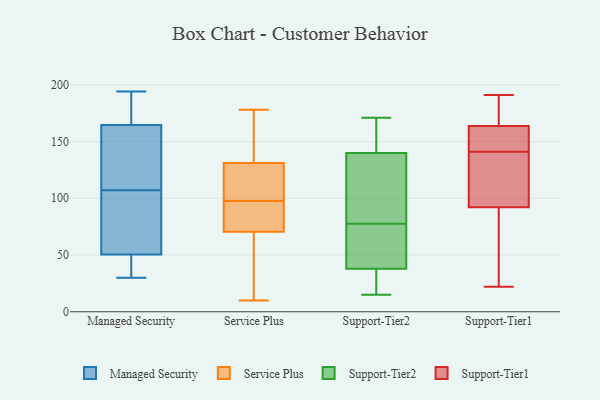
{"axis": {"x": "Tickets Resolved", "y": "Value"}, "legend": ["Managed Security", "Service Plus", "Support-Tier1", "Support-Tier2"], "data": [{"x": "", "y": 107, "type": "Managed Security"}, {"x": "", "y": 163, "type": "Managed Security"}, {"x": "", "y": 34, "type": "Managed Security"}, {"x": "", "y": 190, "type": "Managed Security"}, {"x": "", "y": 72, "type": "Managed Security"}, {"x": "", "y": 186, "type": "Managed Security"}, {"x": "", "y": 138, "type": "Managed Security"}, {"x": "", "y": 194, "type": "Managed Security"}, {"x": "", "y": 37, "type": "Managed Security"}, {"x": "", "y": 44, "type": "Managed Security"}, {"x": "", "y": 30, "type": "Managed Security"}, {"x": "", "y": 97, "type": "Managed Security"}, {"x": "", "y": 165, "type": "Managed Security"}, {"x": "", "y": 70, "type": "Managed Security"}, {"x": "", "y": 142, "type": "Managed Security"}, {"x": "", "y": 30, "type": "Service Plus"}, {"x": "", "y": 73, "type": "Service Plus"}, {"x": "", "y": 118, "type": "Service Plus"}, {"x": "", "y": 109, "type": "Service Plus"}, {"x": "", "y": 178, "type": "Service Plus"}, {"x": "", "y": 83, "type": "Service Plus"}, {"x": "", "y": 10, "type": "Service Plus"}, {"x": "", "y": 130, "type": "Service Plus"}, {"x": "", "y": 49, "type": "Service Plus"}, {"x": "", "y": 78, "type": "Service Plus"}, {"x": "", "y": 67, "type": "Service Plus"}, {"x": "", "y": 106, "type": "Service Plus"}, {"x": "", "y": 68, "type": "Service Plus"}, {"x": "", "y": 76, "type": "Service Plus"}, {"x": "", "y": 152, "type": "Service Plus"}, {"x": "", "y": 128, "type": "Service Plus"}, {"x": "", "y": 167, "type": "Service Plus"}, {"x": "", "y": 178, "type": "Service Plus"}, {"x": "", "y": 89, "type": "Service Plus"}, {"x": "", "y": 132, "type": "Service Plus"}, {"x": "", "y": 43, "type": "Support-Tier2"}, {"x": "", "y": 148, "type": "Support-Tier2"}, {"x": "", "y": 69, "type": "Support-Tier2"}, {"x": "", "y": 86, "type": "Support-Tier2"}, {"x": "", "y": 170, "type": "Support-Tier2"}, {"x": "", "y": 38, "type": "Support-Tier2"}, {"x": "", "y": 132, "type": "Support-Tier2"}, {"x": "", "y": 15, "type": "Support-Tier2"}, {"x": "", "y": 21, "type": "Support-Tier2"}, {"x": "", "y": 129, "type": "Support-Tier2"}, {"x": "", "y": 140, "type": "Support-Tier2"}, {"x": "", "y": 171, "type": "Support-Tier2"}, {"x": "", "y": 39, "type": "Support-Tier2"}, {"x": "", "y": 36, "type": "Support-Tier2"}, {"x": "", "y": 91, "type": "Support-Tier2"}, {"x": "", "y": 21, "type": "Support-Tier2"}, {"x": "", "y": 50, "type": "Support-Tier2"}, {"x": "", "y": 154, "type": "Support-Tier2"}, {"x": "", "y": 141, "type": "Support-Tier1"}, {"x": "", "y": 95, "type": "Support-Tier1"}, {"x": "", "y": 165, "type": "Support-Tier1"}, {"x": "", "y": 127, "type": "Support-Tier1"}, {"x": "", "y": 75, "type": "Support-Tier1"}, {"x": "", "y": 133, "type": "Support-Tier1"}, {"x": "", "y": 144, "type": "Support-Tier1"}, {"x": "", "y": 164, "type": "Support-Tier1"}, {"x": "", "y": 152, "type": "Support-Tier1"}, {"x": "", "y": 191, "type": "Support-Tier1"}, {"x": "", "y": 163, "type": "Support-Tier1"}, {"x": "", "y": 22, "type": "Support-Tier1"}, {"x": "", "y": 90, "type": "Support-Tier1"}, {"x": "", "y": 91, "type": "Support-Tier1"}, {"x": "", "y": 165, "type": "Support-Tier1"}]}